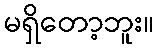
မရှိတော့ဘူး။